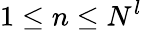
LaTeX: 1\le n\le N^{l}